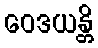
ဝေဒယန္တိ